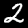
Digit: 2